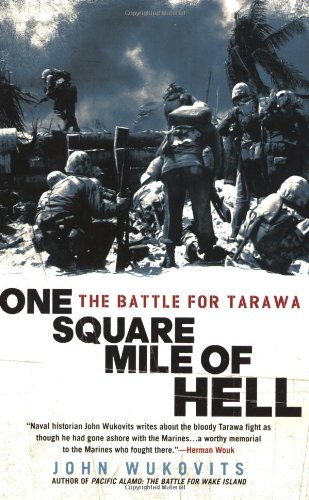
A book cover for One Square Mile of Hell: The Battle for Tarawa; John Wukovits; History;